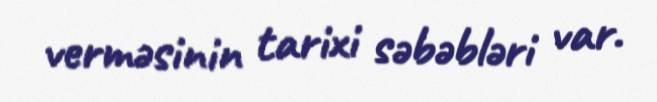
verməsinin tarixi səbəbləri var.